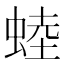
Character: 𧌉